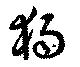
獨